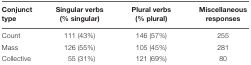
| Conjunct type | Singular verbs (% singular) | Plural verbs (% plural) | Miscellaneous responses |
 | --- | --- | --- | --- |
 | Count | 111 (43%) | 146 (57%) | 255 |
 | Mass | 126 (55%) | 105 (45%) | 281 |
 | Collective | 55 (31%) | 121 (69%) | 80 |